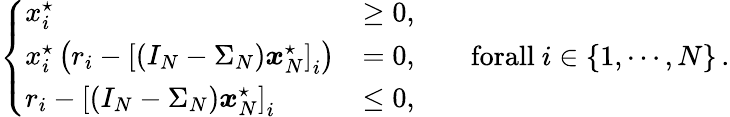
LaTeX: \left\{ \begin{array}{ll}{x_{i}^{\star}}&{\ge 0,}\\ {x_{i}^{\star}\left(r_{i}-\left[(I_{N}-\Sigma_{N})\boldsymbol{x}_{N}^{\star}\right]_{i}\right)}&{=0,}\\ {r_{i}-\left[(I_{N}-\Sigma_{N})\boldsymbol{x}_{N}^{\star}\right]_{i}}&{\le 0,}\end{array}\right.\qquad\textrm{forall}\ i\in\{ 1,\cdots,N\} \, .